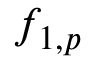
f _ { 1 , p }